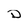
Character: D